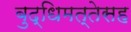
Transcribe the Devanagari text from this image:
बुद्धिमत्तेसह